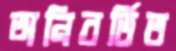
অনিবর্তিত